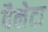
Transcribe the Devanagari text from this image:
वैलेटा